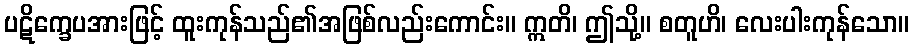
ပဋိက္ခေပအားဖြင့် ထူးကုန်သည်၏အဖြစ်လည်းကောင်း။ ဣတိ၊ ဤသို့။ စတူဟိ၊ လေးပါးကုန်သော။